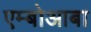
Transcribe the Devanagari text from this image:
एम्बोआबा